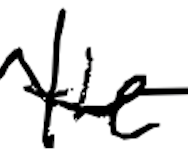
Text: the
Cross-out: wave
Writing tool: digital_black